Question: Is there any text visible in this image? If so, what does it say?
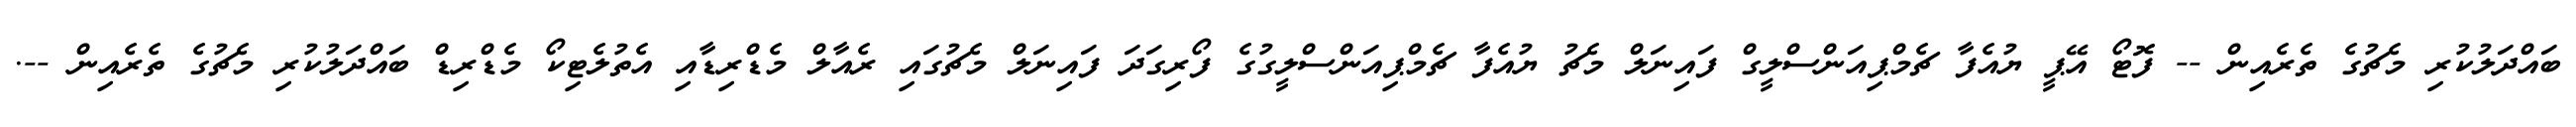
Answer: ބައްދަލުކުރި މެޗުގެ ތެރެއިން -- ފޮޓޯ އޭޕީ ޔުއެފާ ޗެމްޕިއަންސްލީގް ފައިނަލް މެޗު ޔުއެފާ ޗެމްޕިއަންސްލީގުގެ ފޯރިގަދަ ފައިނަލް މެޗުގައި ރެއާލް މެޑްރިޑާއި އެތުލެޓިކޯ މެޑްރިޑް ބައްދަލުކުރި މެޗުގެ ތެރެއިން --.